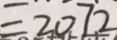
= 2 0 7 2